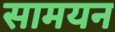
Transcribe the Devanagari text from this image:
सामयन